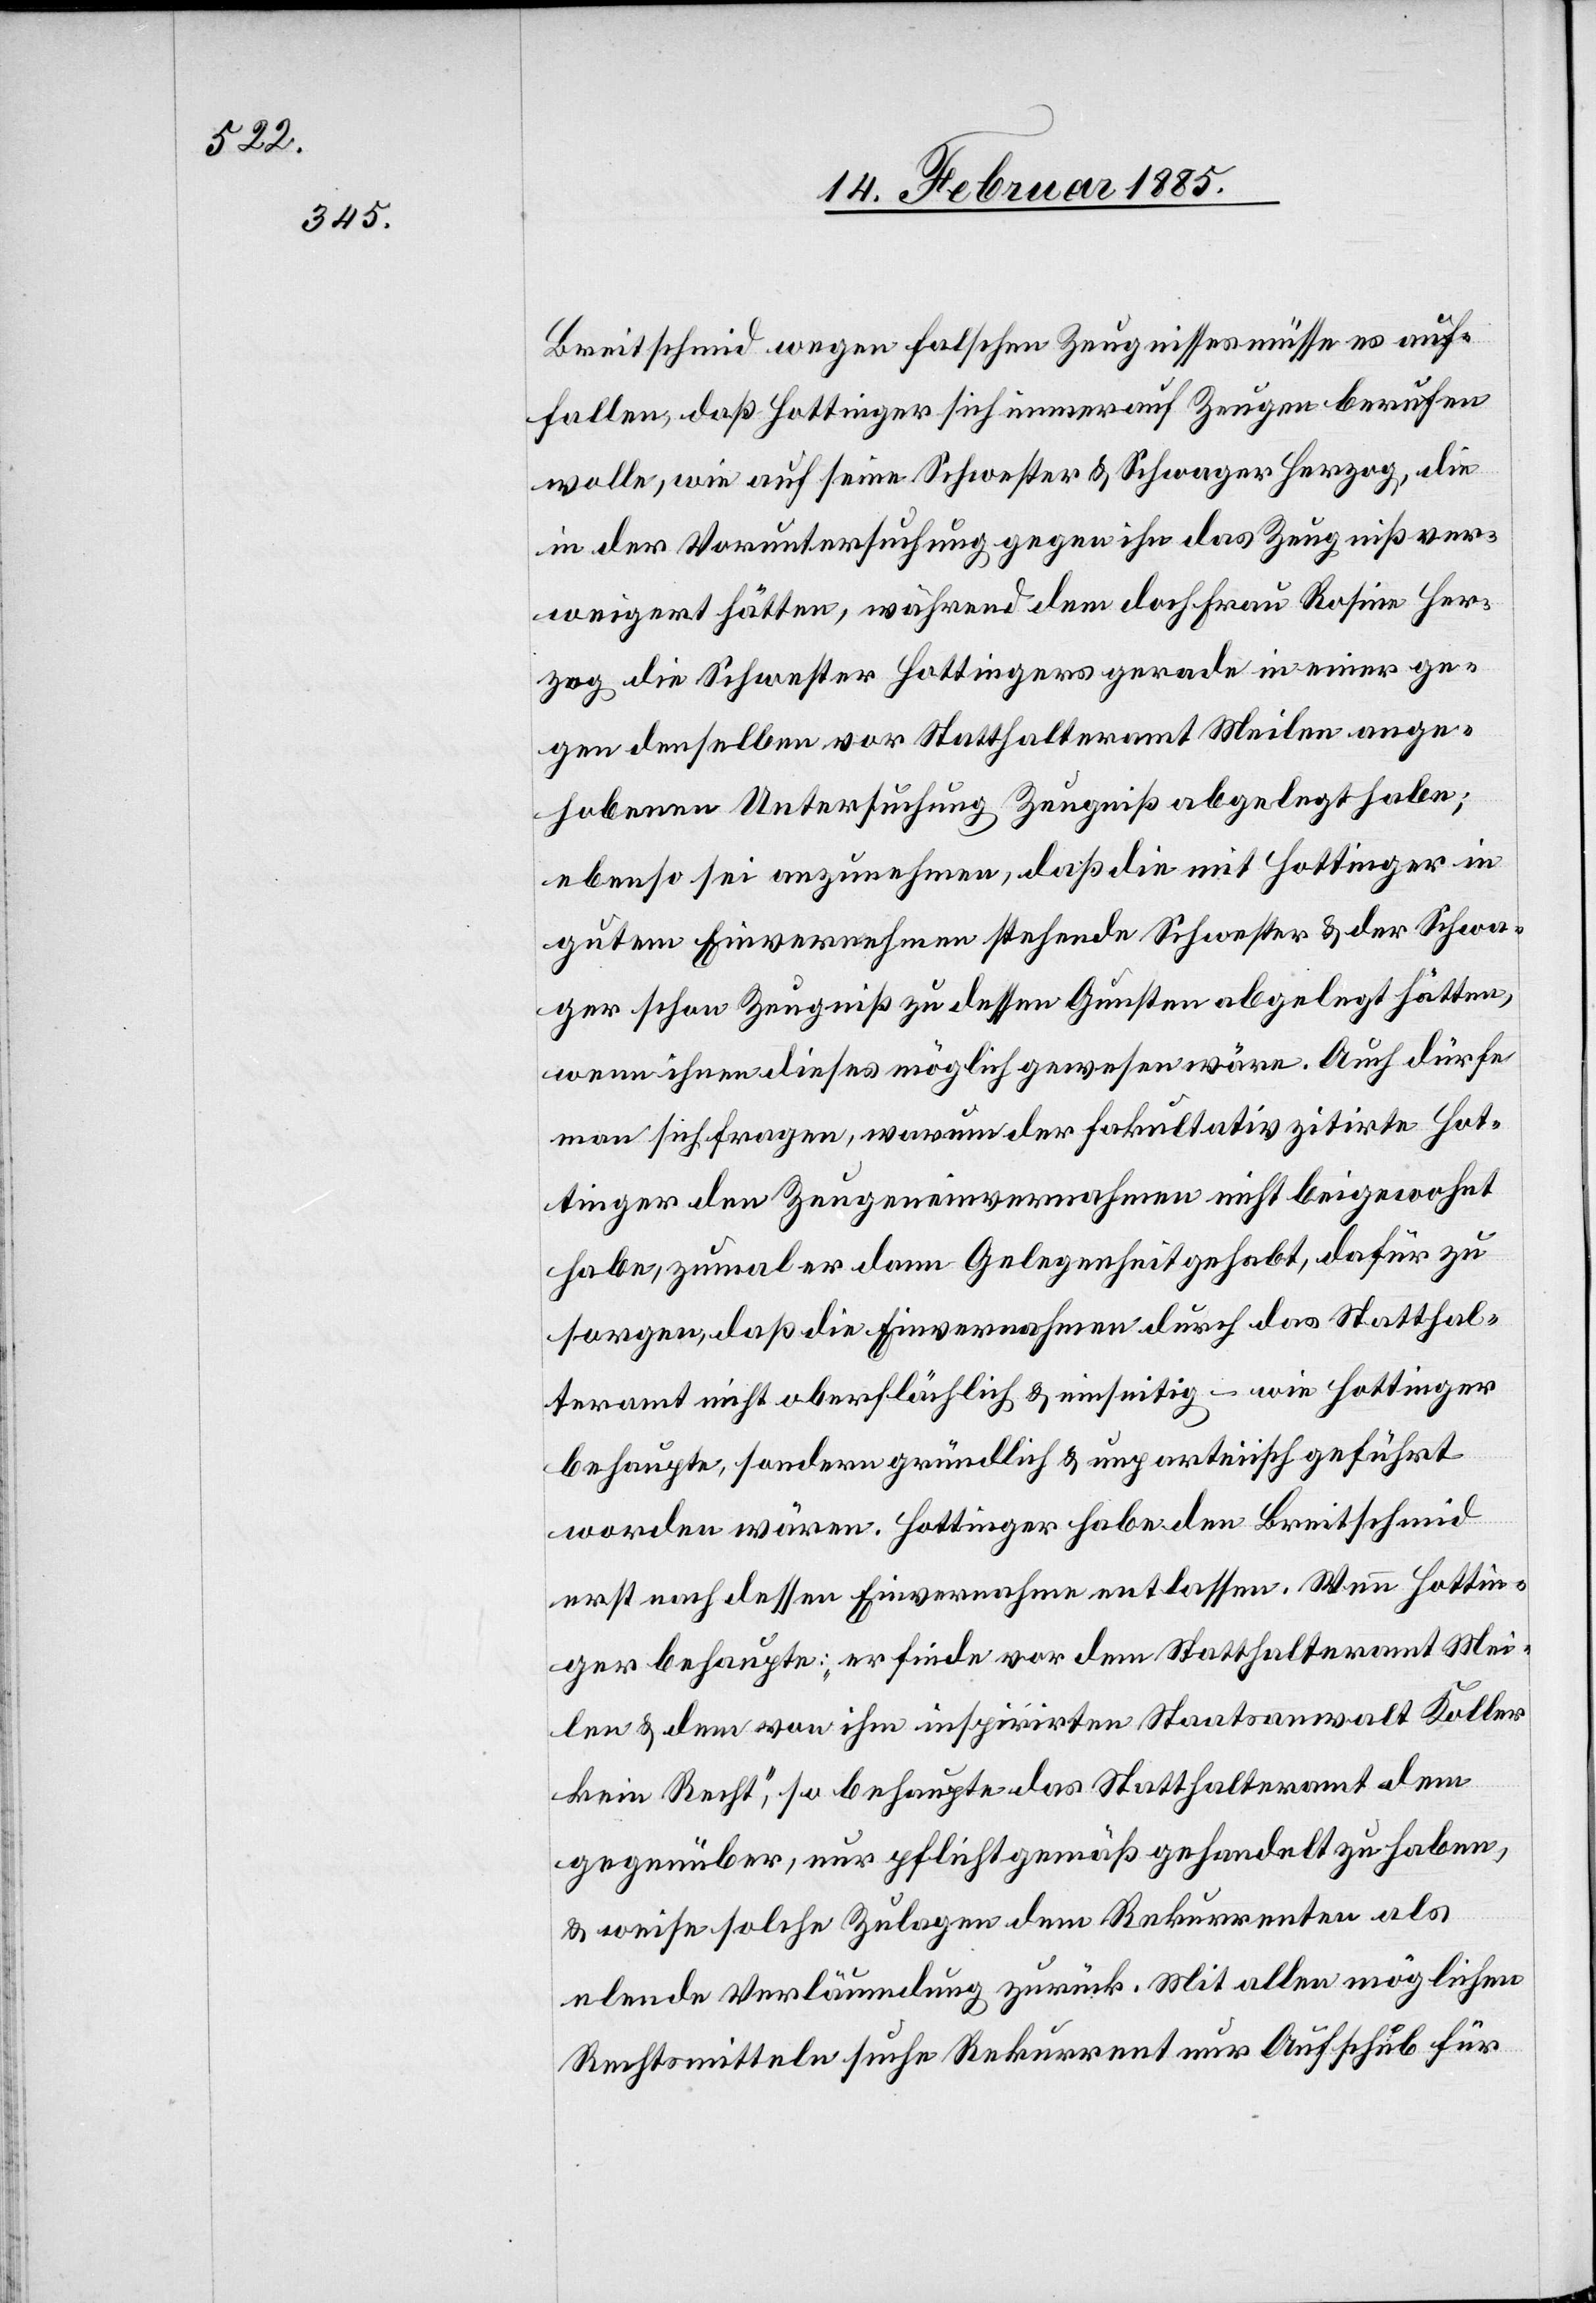
Breitschmid wegen falschen Zeugnisses müsse es auf¬
fallen, daß Hottinger sich immer auf Zeugen berufen
wolle, wie auf seine Schwester & Schwager Herzog, die
in der Voruntersuchung gegen ihn das Zeugnis ver¬
weigert hätten, während dem doch Frau Rosine Her¬
zog die Schwester Hottingers gerade in einer ge¬
gen denselben vor Statthalteramt Meilen ange¬
hobenen Untersuchung Zeugniß abgelegt habe;
ebenso sei anzunehmen, daß die mit Hottinger in
gutem Einvernehmen stehende Schwester & der Schwa¬
ger schon Zeugnis zu dessen Gunsten abgelegt hätten,
wenn ihnen diese möglich gewesen wäre. Auch dürfe
man sich fragen, warum der fakultativ zitirte Hot¬
tinger den Zeugeneinvernahmen nicht beigewohnt
habe, zumal er dann Gelegenheit gehabt, dafür zu
sorgen, daß die Einvernahmen durch das Statthal¬
teramt nicht oberflächlich & einseitig – wie Hottinger
behaupte, sondern gründlich & unparteiisch geführt
worden wären. Hottinger habe den Breitschmid
erst nach dessen Einvernahme entlassen. Wenn Hottin¬
ger behaupte: „er finde vor dem Statthalteramt Mei¬
len & dem von ihm inspirirten Staatsanwalt Koller
kein Recht“, so behaupte das Statthalteramt dem
gegenüber, nur pflichtgemäß gehandelt zu haben,
& weise solche Zulagen dem Rekurrenten als
elende Verläumdung zurück. Mit allen möglichen
Rechtsmitteln suchte Rekurrent nur Aufschub für